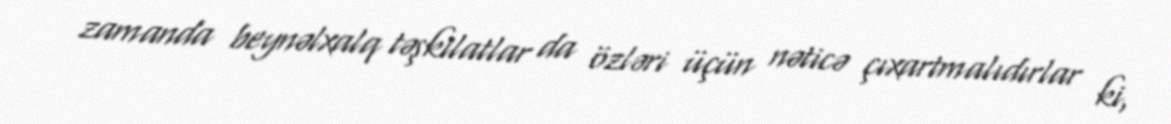
zamanda beynəlxalq təşkilatlar da özləri üçün nəticə çıxartmalıdırlar ki,